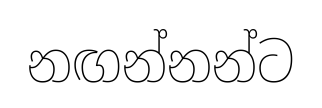
නඟන්නන්ට